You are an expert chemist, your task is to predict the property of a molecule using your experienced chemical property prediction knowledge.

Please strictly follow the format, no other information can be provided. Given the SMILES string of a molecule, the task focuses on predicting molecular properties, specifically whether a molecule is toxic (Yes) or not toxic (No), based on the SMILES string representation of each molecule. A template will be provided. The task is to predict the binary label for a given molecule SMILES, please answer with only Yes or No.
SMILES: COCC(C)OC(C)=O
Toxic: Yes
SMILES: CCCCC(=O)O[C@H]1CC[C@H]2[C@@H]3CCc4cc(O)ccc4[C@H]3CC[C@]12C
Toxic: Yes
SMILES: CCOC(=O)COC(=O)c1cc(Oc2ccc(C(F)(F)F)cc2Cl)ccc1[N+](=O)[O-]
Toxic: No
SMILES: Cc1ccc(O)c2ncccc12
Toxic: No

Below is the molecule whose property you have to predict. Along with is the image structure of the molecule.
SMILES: CCN(CC)CCOC(=O)c1ccc(N)cc1
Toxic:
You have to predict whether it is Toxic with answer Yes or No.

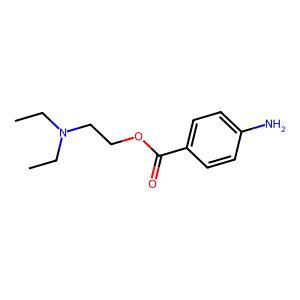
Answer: No